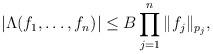
LaTeX: \begin{align*}|\Lambda(f_1,\dots, f_{n})|\le B \prod_{j=1}^{n}\|f_j\|_{p_j},\end{align*}